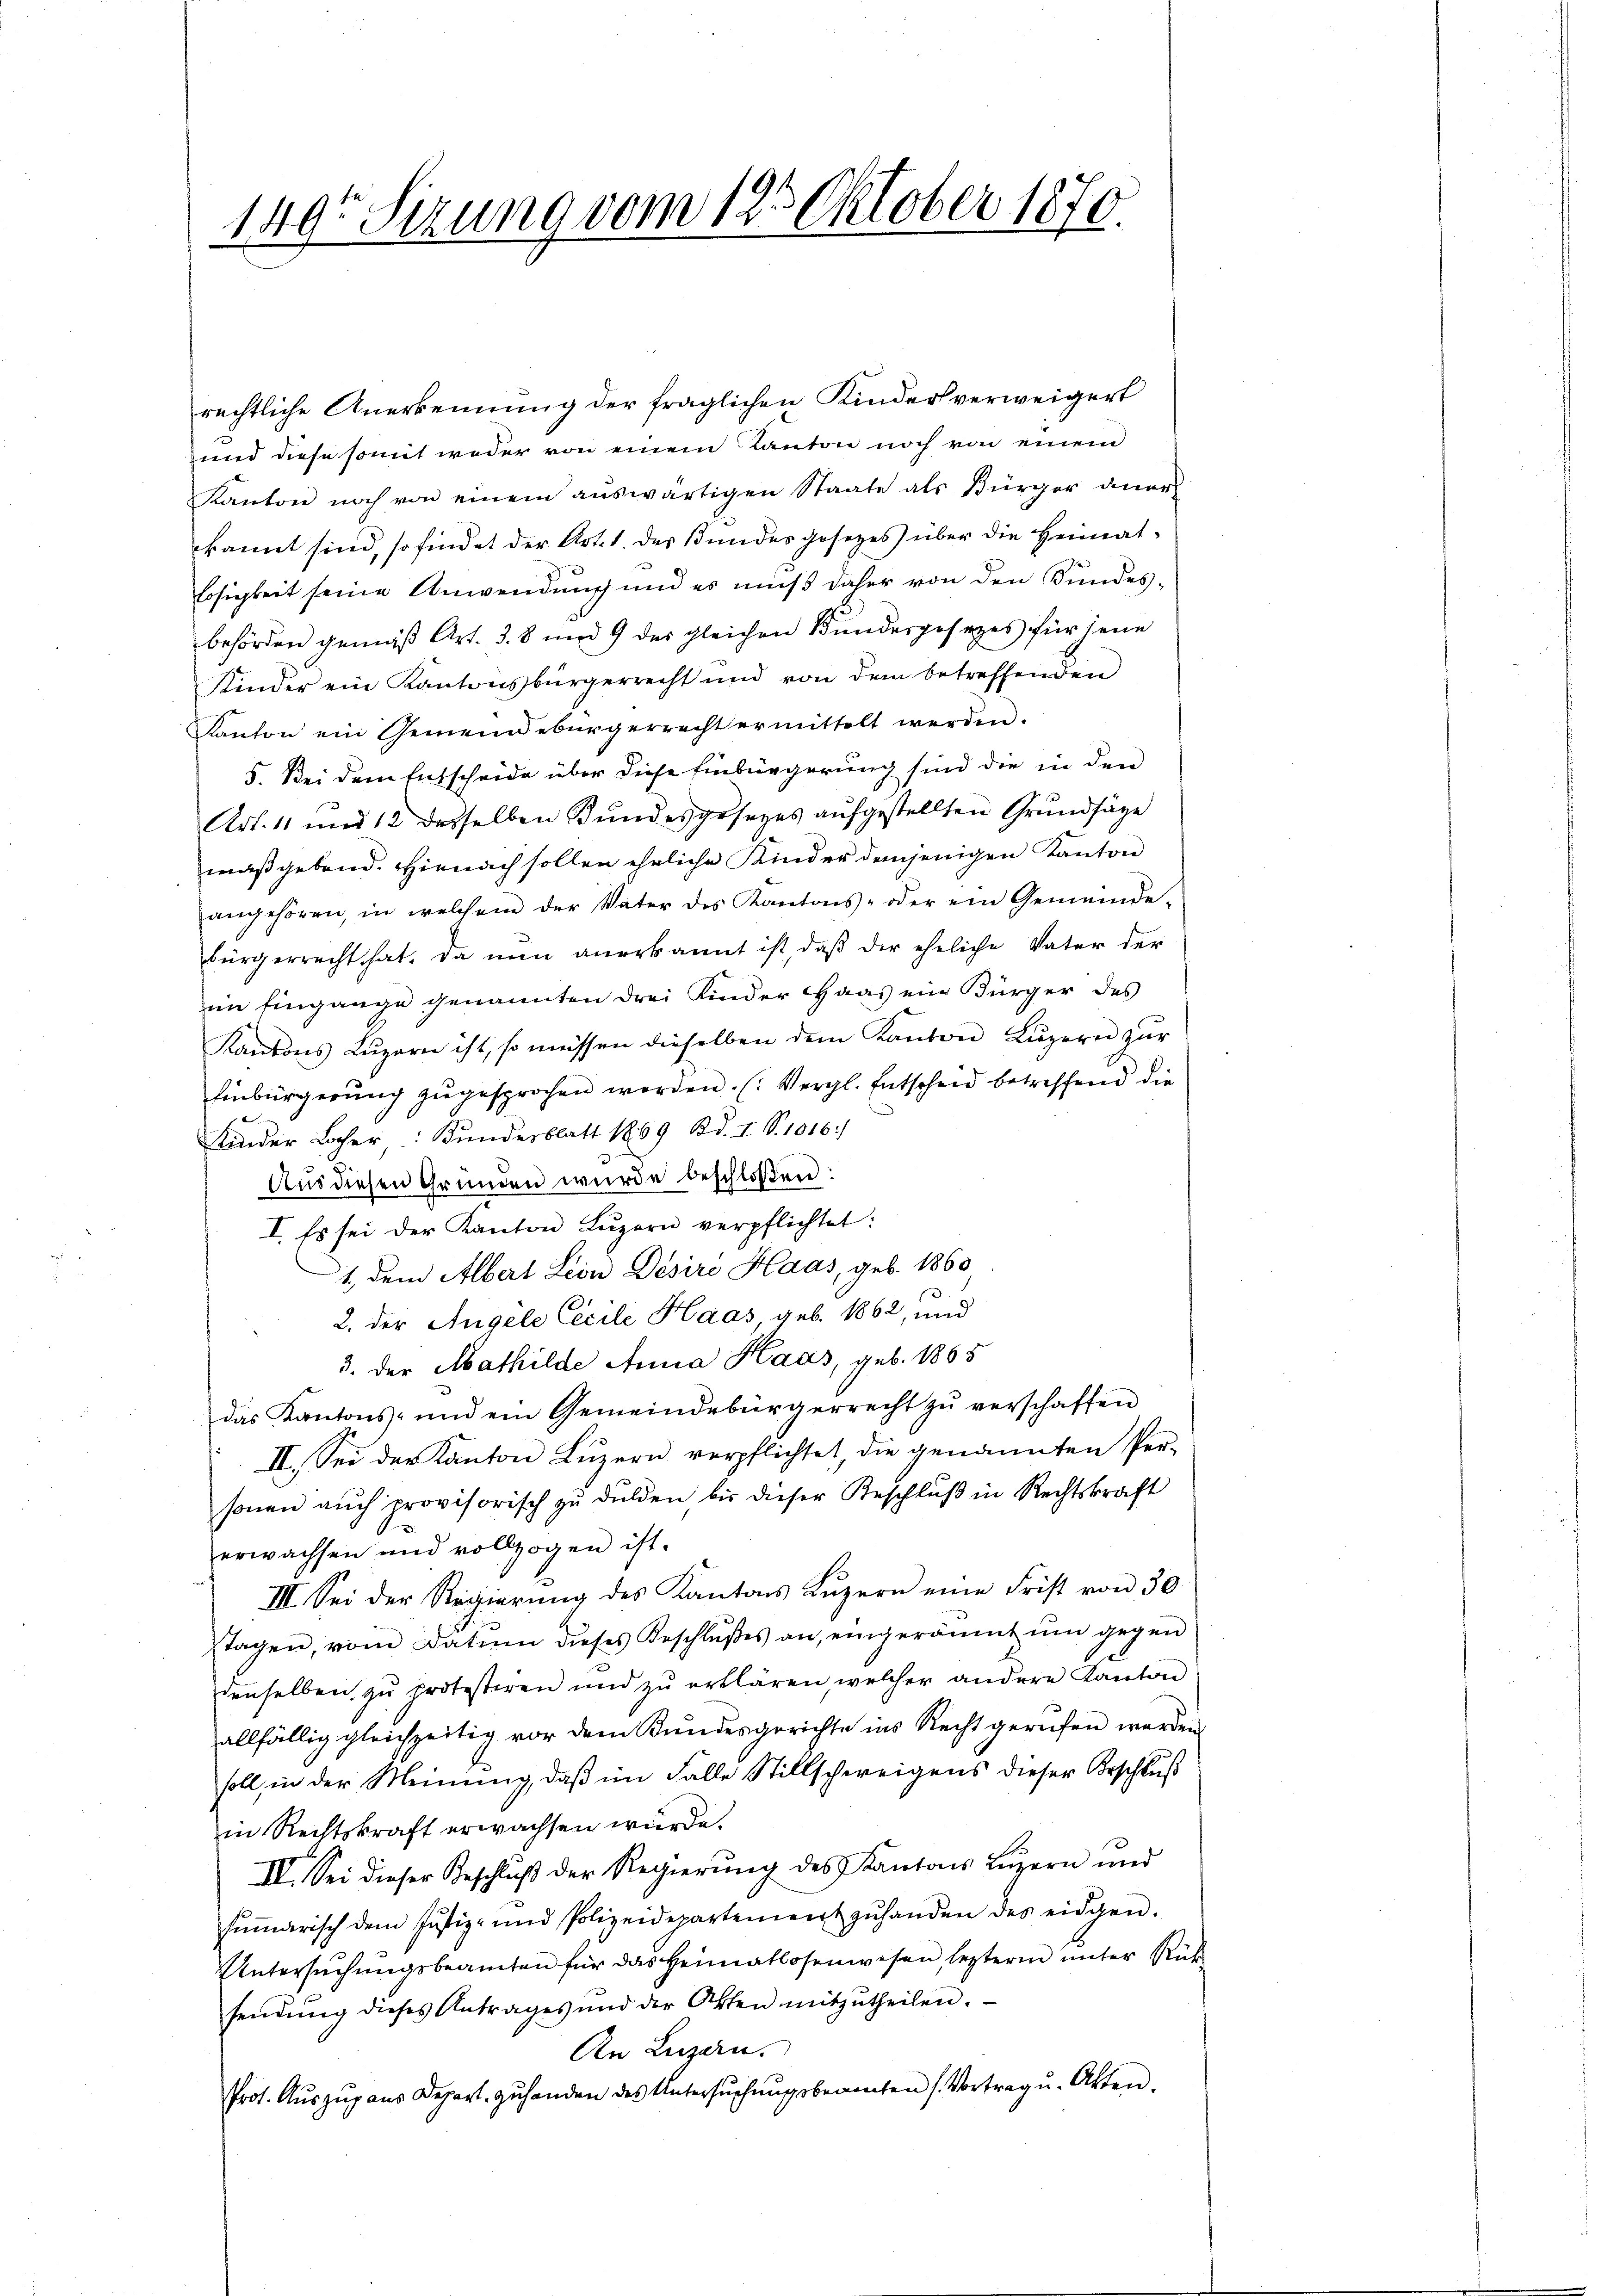
149. Sizung vom 125. Oktober 1870.

rechtliche Anerkennung der fraglichen Kinders verweigert
und diese somit weder von einem Kanton noch von einem
Kanton noch von einem aŭswärtigen Staate als Bürger aner-
kannt sind, so findet der Art. 1. des Bundes gesezes über die Heimatlosigkeit seine Anwendung und es muß daher von den Bundes-
behörden gemäß Art. 3. 8 und 9 des gleichen Bundesgesezes für jene
Kinder ein Kantonsbürgerrecht und von dem betreffenden
Kanton ein Gemeindebürgerrecht ermittelt werden.
5. Bei dem Entscheide über diese Einbürgerung sind die in den
Art. 11 und 12 desselben Bundesgesezes aufgestellten Grundsäge
maßgebend. Hienach sollen ehrliche Kinder demjenigen Kanton
angehören, in welchem der Vater des Kantons- oder ein Gemeinde-
bürgerrecht hat. Da nun anerkannt ist, daß der eheliche Vater der
im Eingange genannten drei Kinder Haas ein Bürger des
Kantons Lŭzern ist, so müssen dieselben dem Kanton Lŭzern zŭr
Einbürgerŭng zŭ gesprochen werden. (: Vergl. Entscheid betreffend die
Kinder Locher: Kundesblatt 1869 Bd. I S. 1016)
Aus diesen Gründen wurde beschloßen:
I. Es sei der Kanton Luzern verpflichtet:
1, dem Albert Leon Desire Haas, geb. 1860
2. der Angele Cecile Haas geb. 1862, und
3. der Mathilde Anna Haas, geb. 1865
das Kantons- und ein Gemeindebürgerrecht zŭ verschaffen
II. Sei der Kanton Lŭzern verpflichtet, die genannten Per-
sonen aŭch provisorisch zŭ dulden bis dieser Beschlŭβ in Rechtskraft
erwachsen und vollzogen ist.
III. Sei der Regierung des Kantons Luzern eine Frist von 30
tagen, vom Datum dieses Beschlŭβes an, eingeräumt ŭm gegen
denselben zŭ protestiren und zŭ erklären welcher andere Kanton
allfällig gleichzeitig vor dem Kundesgerichte ins Recht gerufen werden.
soll in der Meinung, daß im Falle Stillschweigens dieser Beschluß
in Rechtskraft erwachsen würde.
IV. Sei dieser Beschlŭβ der Regierŭng des Kantons Lŭzern und
sŭṁarisch dem Justiz- und Polizeidepartement zŭ handen des eidgen.
Untersuchungsbeamten für das Heimatlosenwesen, leztere unter Rück
sendŭng dieses Antrages und der Otten mitzŭtheilen.
An Luzern.
Prot. Aŭszŭg aŭs Depart zŭ handen des Untersŭchŭngsbeamten (Vortrag u. Akten.